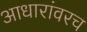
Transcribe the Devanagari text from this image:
आधारांवरच